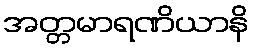
အတ္တမာရဏိယာနိ